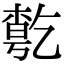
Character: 𠄃